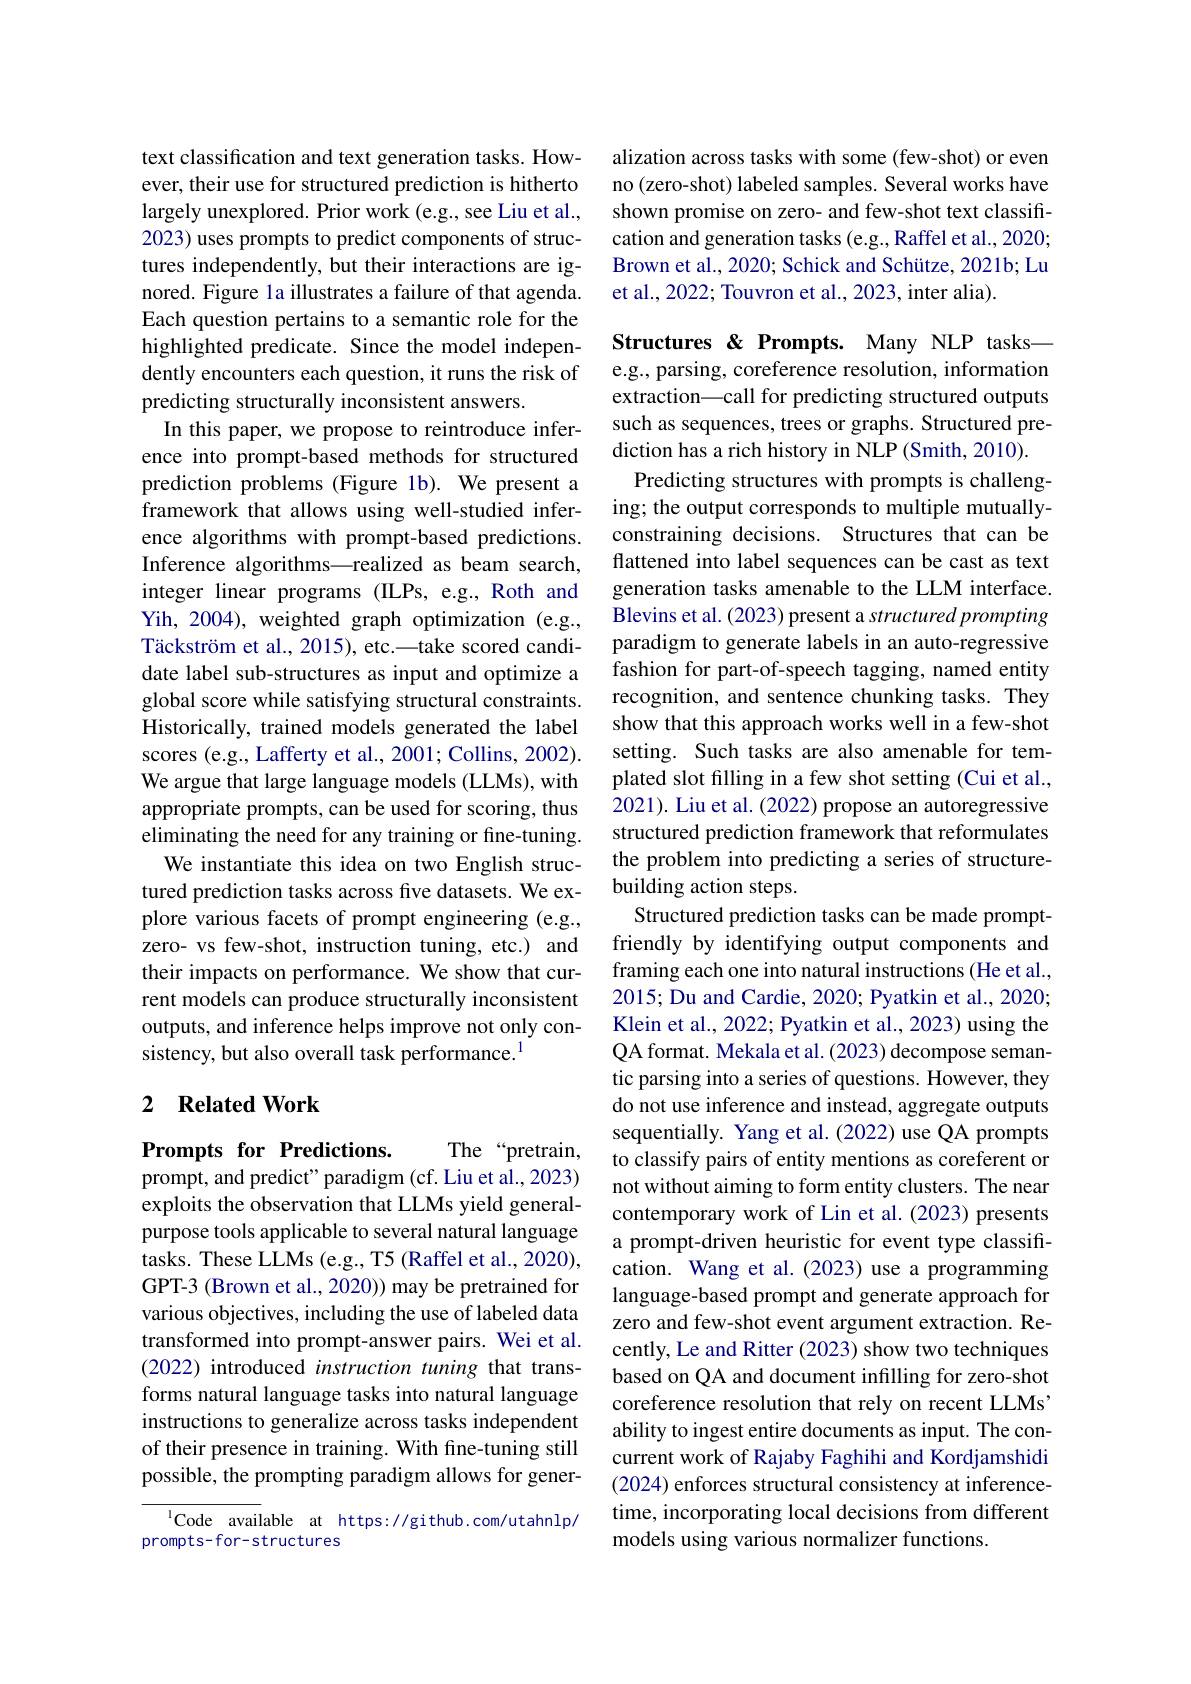
text classification and text generation tasks. However, their use for structured prediction is hitherto largely unexplored. Prior work (e.g., see Liu et al., 2023) uses prompts to predict components of structures independently, but their interactions are ignored. Figure la illustrates a failure of that agenda. Each question pertains to a semantic role for the highlighted predicate. Since the model independently encounters each question, it runs the risk of predicting structurally inconsistent answers.
In this paper, we propose to reintroduce inference into prompt-based methods for structured prediction problems (Figure 1b). We present a framework that allows using well-studied inference algorithms with prompt-based predictions. Inference algorithms—realized as beam search, integer linear programs (ILPs, e.g., Roth and Yih, 2004), weighted graph optimization (e.g., Täckström et al., 2015), etc.—take scored candidate label sub-structures as input and optimize a global score while satisfying structural constraints. Historically, trained models generated the label scores (e.g., Lafferty et al., 2001; Collins, 2002). We argue that large language models (LLMs), with appropriate prompts, can be used for scoring, thus eliminating the need for any training or fine-tuning.
We instantiate this idea on two English structured prediction tasks across five datasets. We explore various facets of prompt engineering (e.g., zero- vs few-shot, instruction tuning, etc.) and their impacts on performance. We show that current models can produce structurally inconsistent outputs, and inference helps improve not only consistency, but also overall task performance.$^{1}$

## 2 $\textbf{Related Work}$

Prompts for Predictions.
prompt, and predict" paradigm (cf. Liu et al., 2023)

The “pretrain,
exploits the observation that LLMs yield generalpurpose tools applicable to several natural language tasks. These LLMs (e.g., T5 (Raffel et al., 2020), GPT-3 (Brown et al., 2020)) may be pretrained for various objectives, including the use of labeled data transformed into prompt-answer pairs. Wei et al. (2022) introduced instruction tuning that transforms natural language tasks into natural language instructions to generalize across tasks independent of their presence in training. With fine-tuning still possible, the prompting paradigm allows for gener-

$^{1}$Code available at https://github.com/utahnlp/
prompts-for-structures

alization across tasks with some (few-shot) or even no (zero-shot) labeled samples. Several works have shown promise on zero- and few-shot text classification and generation tasks (e.g., Raffel et al., 2020; Brown et al., 2020; Schick and Schütze, 2021b; Lu et al., 2022; Touvron et al., 2023, inter alia).

Structures & Prompts. Many NLP tasks— e.g., parsing, coreference resolution, information extraction\_call for predicting structured outputs such as sequences, trees or graphs. Structured prediction has a rich history in NLP (Smith, 2010).
Predicting structures with prompts is challenging; the output corresponds to multiple mutuallyconstraining decisions. Structures that can be flattened into label sequences can be cast as text generation tasks amenable to the LLM interface. Blevins et al. (2023) present a structured prompting paradigm to generate labels in an auto-regressive fashion for part-of-speech tagging, named entity recognition, and sentence chunking tasks. They show that this approach works well in a few-shot setting. Such tasks are also amenable for templated slot filling in a few shot setting (Cui et al., 2021). Liu et al. (2022) propose an autoregressive structured prediction framework that reformulates the problem into predicting a series of structurebuilding action steps.
Structured prediction tasks can be made promptfriendly by identifying output components and framing each one into natural instructions (He et al., 2015; Du and Cardie, 2020; Pyatkin et al., 2020; Klein et al., 2022; Pyatkin et al., 2023) using the QA format. Mekala et al. (2023) decompose semantic parsing into a series of questions. However, they do not use inference and instead, aggregate outputs sequentially. Yang et al.(2022) use QA prompts to classify pairs of entity mentions as coreferent or not without aiming to form entity clusters. The near contemporary work of Lin et al. (2023) presents a prompt-driven heuristic for event type classification. Wang et al.(2023) use a programming language-based prompt and generate approach for zero and few-shot event argument extraction. Recently, Le and Ritter (2023) show two techniques based on QA and document infilling for zero-shot coreference resolution that rely on recent LLMs' ability to ingest entire documents as input. The concurrent work of Rajaby Faghihi and Kordjamshidi (2024) enforces structural consistency at inferencetime, incorporating local decisions from different models using various normalizer functions.